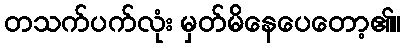
တသက်ပက်လုံး မှတ်မိနေပေတော့၏။